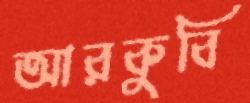
আরকুবি